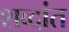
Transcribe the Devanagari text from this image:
शव्दांत